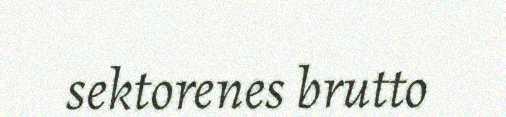
sektorenes brutto